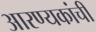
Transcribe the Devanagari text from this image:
आरण्यकांची